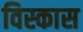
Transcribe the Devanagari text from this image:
विस्कास